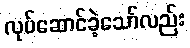
လုပ်ဆောင်ခဲ့သော်လည်း